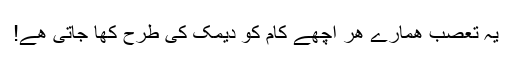
یہ تعصب ھمارے ھر اچھے کام کو دیمک کی طرح کھا جاتی ھے!